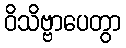
ဝိသိဗ္ဗာပေတွာ